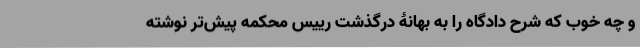
و چه خوب که شرح دادگاه را به بهانۀ درگذشت رییس محکمه پیش‌تر نوشته